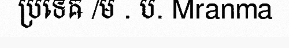
ប្រទេឝ /ម . ប. Mranma